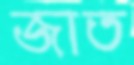
জাত